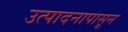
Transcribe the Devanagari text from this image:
उत्पादनापासून